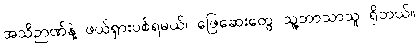
အသိဉာဏ်နဲ့ ဖယ်ရှားပစ်ရမယ်၊ ဖြေဆေးတွေ သူ့ဘာသာသူ ရှိတယ်။